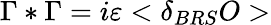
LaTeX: \Gamma*\Gamma=i\varepsilon<\delta_{BRS}O>